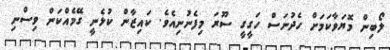
ލޯބިން މޮޔަވާކަމަށް ހެދުނަސް ހަގީގީ ސޫރަ މިފެނުނިއެވެ. ކައިޒާން ކުޅެނީ ގޭމެއްކަން ވިސްނި